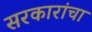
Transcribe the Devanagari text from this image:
सरकारांचा